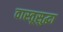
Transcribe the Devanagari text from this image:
वास्तूसुद्धा